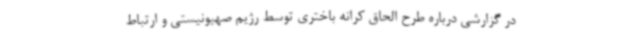
در گزارشی درباره طرح الحاق کرانه باختری توسط رژیم صهیونیستی و ارتباط